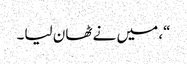
“، میں نے ٹھان لیا۔